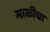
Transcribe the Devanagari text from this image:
माळीचा